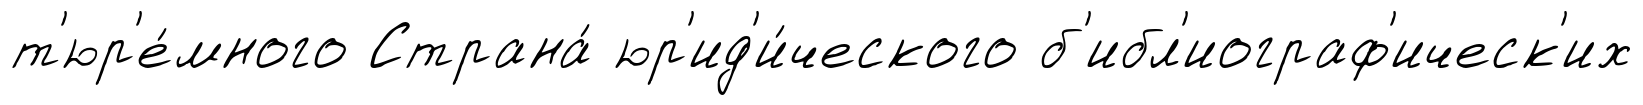
т'юр'е́много Страна́ юр'ид'и́ческого б'ибл'иограф'ическ'их